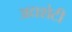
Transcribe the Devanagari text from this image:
अद्यशेटी